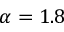
\alpha = 1 . 8